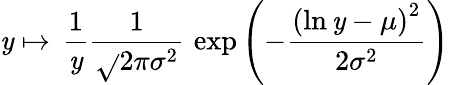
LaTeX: \mathit{y}\mapsto\, {\frac{{1}}{{\mathit{y}}}}{\frac{{1}}{{\sqrt{}{{2\pi\sigma^{2}}}}}}\, \exp\left(-{\frac{{\left(\ln\mathit{y}-\mu\right)^{2}}}{{2\sigma^{2}}}}\right)